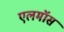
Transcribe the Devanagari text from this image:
एलमॉस